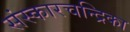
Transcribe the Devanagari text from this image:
संस्कारचन्द्रिका